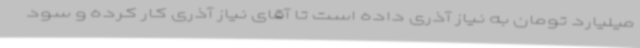
میلیارد تومان به نیاز آذری داده است تا آقای نیاز آذری کار کرده و سود